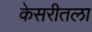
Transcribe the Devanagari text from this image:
केसरीतला